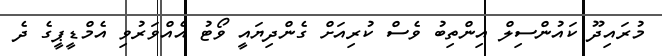
މުރައިދޫ ކައުންސިލް އިންތިބު ވެސް ކުރިއަށް ގެންދިޔައީ ވޯޓު އެއްވަރުވި އެމްޑީޕީގެ ދެ